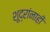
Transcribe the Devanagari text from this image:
शूद्रांनाही